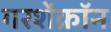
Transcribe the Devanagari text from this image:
गरशेंक्रॉन